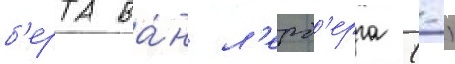
б'ерта ва́н л'ерб'ерга (-)